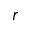
r